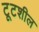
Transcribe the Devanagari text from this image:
टूटशील